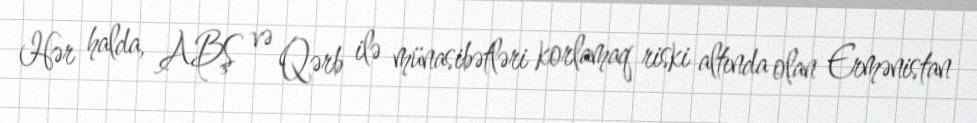
Hər halda, ABŞ və Qərb ilə münasibətləri korlamaq riski altında olan Ermənistan